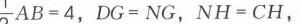
该内容已以标准LATEX格式给出，如下：

\(\because\)圆\(C\)的半径是\(1\)，\(\therefore\)可求得\(QM = \frac{\sqrt{3}}{3}\)，
\(\therefore Q\)的纵坐标是\(\frac{\sqrt{3}}{3}\)，代入\(y = \sqrt{3}x+\sqrt{3}\)可得
\(x = -\frac{2}{3}\)，\(\therefore x_{C}=\frac{1}{3}\).

如图4，当圆\(C\)与直线\(y = \sqrt{3}x+\sqrt{3}\)相切时，设切
点是\(P\)，圆\(C\)半径\(PC = 1\)，可求得\(AC=\frac{2\sqrt{3}}{3}\)，
\(\therefore OC=\frac{2\sqrt{3}}{3}-1\)，\(\therefore x_{C}=\frac{2\sqrt{3}}{3}-1\).

\(\therefore\)圆心\(C\)的横坐标\(x_{C}\)的取值范围是
\(-1 + \frac{2\sqrt{3}}{3}<x_{C}<\frac{1}{3}\).

\(\because OF>EO\)，\(DO<EO\)，
\(\therefore D\)点一定是\(\odot O\)的关联点，而在\(\odot O\)上不可能
找到两点与点\(F\)的连线的夹角等于\(60^{\circ}\)，
故在点\(D\)、\(E\)、\(F\)中，\(\odot O\)的关联点是\(D\)，\(E\).
故答案为：\(D\)，\(E\)；

\textcircled{2}如图6，由题意可知，若\(P\)刚好是\(\odot C\)的关联
点，需要点\(P\)到\(\odot C\)的两条切线\(PA\)和\(PB\)之间
所夹的角为\(60^{\circ}\)，
由图6可知\(\angle APB = 60^{\circ}\)，则\(\angle CPB = 30^{\circ}\)，
连接\(BC\)，则\(PC=\frac{BC}{\sin\angle CPB}=2BC = 2r\)，
\(\therefore\)若\(P\)点为\(\odot C\)的关联点，则需点\(P\)到圆心的距
离\(d\)满足\(0\leqslant d\leqslant2r\)；